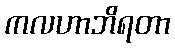
ကလဟာဘိရတာ